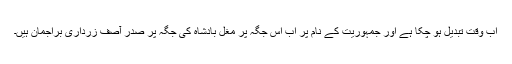
اب وقت تبدیل ہو چکا ہے اور جمہوریت کے نام پر اب اس جگہ پر مغل بادشاہ کی جگہ پر صدر آصف زرداری براجمان ہیں۔